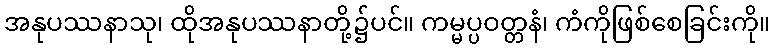
အနုပဿနာသု၊ ထိုအနုပဿနာတို့၌ပင်။ ကမ္မပ္ပဝတ္တနံ၊ ကံကိုဖြစ်စေခြင်းကို။